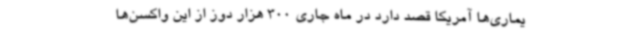
یماری‌ها آمریکا قصد دارد در ماه جاری 300 هزار دوز از این واکسن‌ها